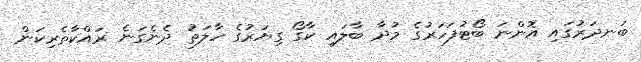
ބަނދަރުގައި އޮންނަ ބޯޓުފަހަރުގެ މުދާ ބާލައި ކާގޯ ގިޔަރުގެ ހާލަތު ދެނެގަނެ ރައްކާތެރިކަން